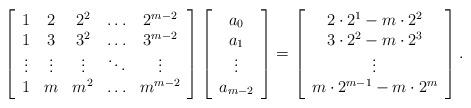
LaTeX: \begin{align*}\left[\begin{array}{ccccc}1&2&2^2&\ldots&2^{m-2}\\1&3&3^2&\ldots&3^{m-2}\\\vdots&\vdots&\vdots&\ddots&\vdots\\1&m&m^2&\ldots&m^{m-2}\end{array}\right]\left[\begin{array}{c}a_0\\a_1\\\vdots\\a_{m-2}\end{array}\right]= \left[\begin{array}{c}2\cdot2^1-m\cdot2^2\\3\cdot2^2-m\cdot2^3\\\vdots\\m\cdot2^{m-1}-m\cdot2^m\end{array}\right].\end{align*}